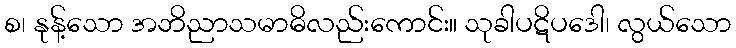
စ၊ နုန့်သော အဘိညာသမာဓိလည်းကောင်း။ သုခါပဋိပဒေါ၊ လွယ်သော